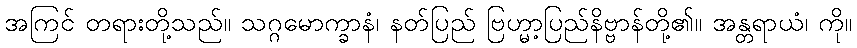
အကြင် တရားတို့သည်။ သဂ္ဂမောက္ခာနံ၊ နတ်ပြည် ဗြဟ္မာ့ပြည်နိဗ္ဗာန်တို့၏။ အန္တရာယံ၊ ကို။